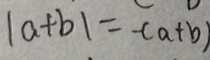
\vert a + b \vert = - ( a + b )